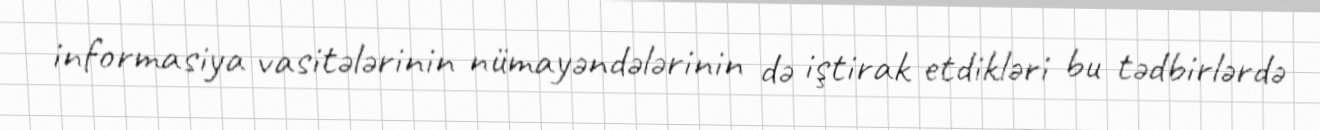
informasiya vasitələrinin nümayəndələrinin də iştirak etdikləri bu tədbirlərdə